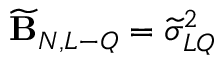
\widetilde { \bf B } _ { N , L - Q } = \widetilde \sigma _ { L Q } ^ { 2 }